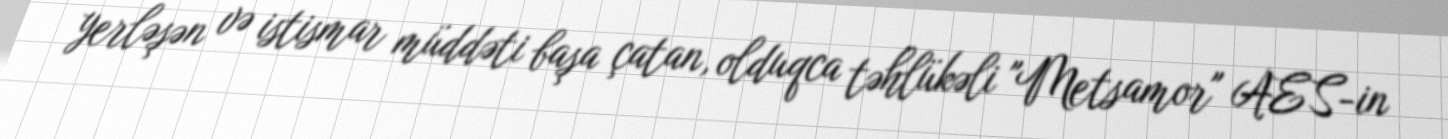
yerləşən və istismar müddəti başa çatan, olduqca təhlükəli "Metsamor" AES-in